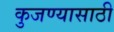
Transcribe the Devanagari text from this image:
कुजण्यासाठी